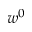
w ^ { 0 }